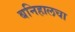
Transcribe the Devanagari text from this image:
बनिहालचा